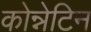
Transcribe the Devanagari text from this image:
कोन्नेटिन